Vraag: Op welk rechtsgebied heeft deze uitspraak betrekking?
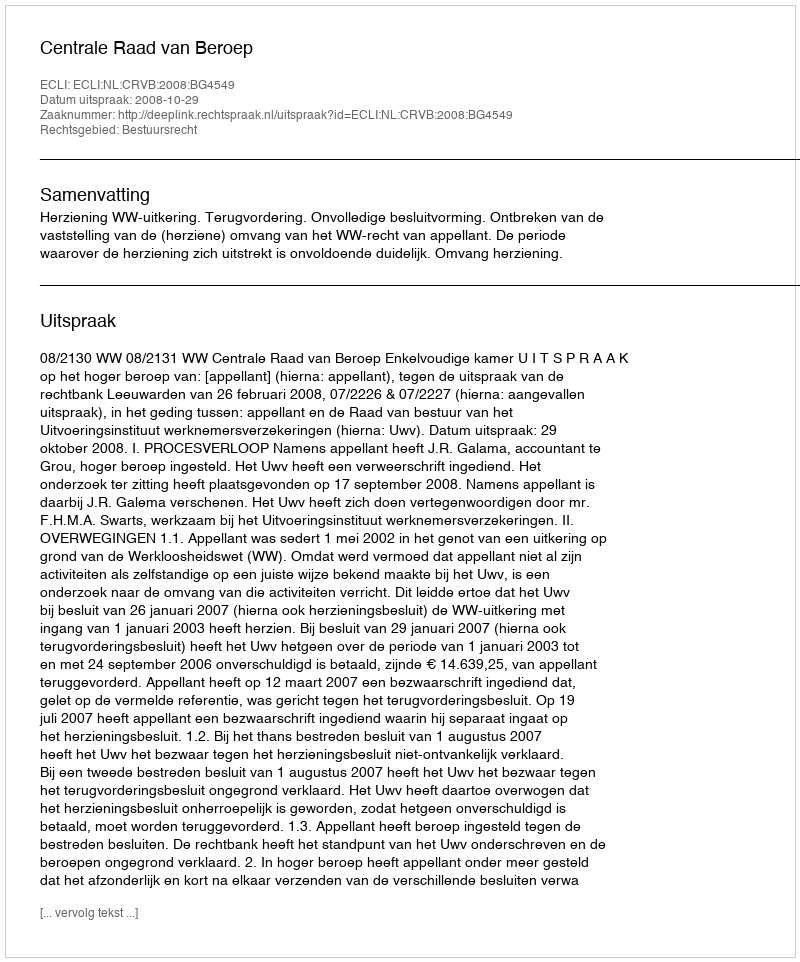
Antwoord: Bestuursrecht